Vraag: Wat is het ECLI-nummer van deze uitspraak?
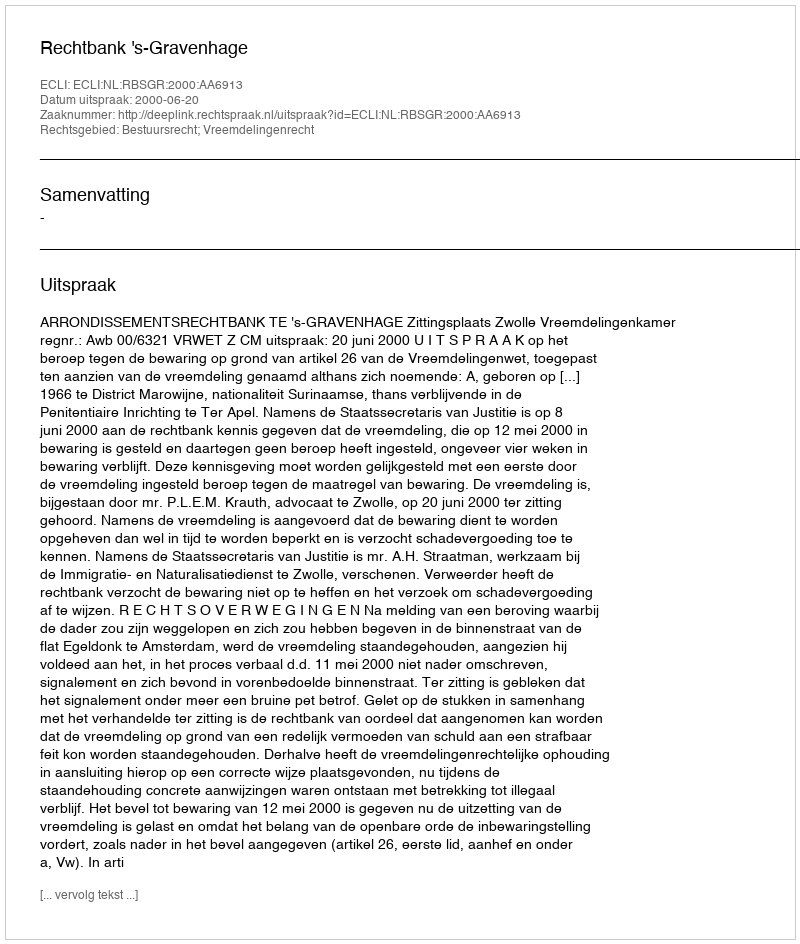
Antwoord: ECLI:NL:RBSGR:2000:AA6913